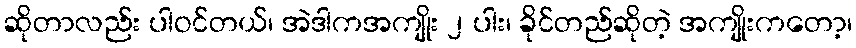
ဆိုတာလည်း ပါဝင်တယ်၊ အဲဒါကအကျိုး ၂ ပါး၊ ခိုင်တည်ဆိုတဲ့ အကျိုးကတော့၊